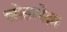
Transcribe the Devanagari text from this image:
स्रोतापेक्षा